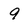
Character: 9